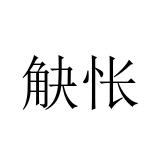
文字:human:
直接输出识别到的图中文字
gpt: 觖怅